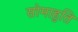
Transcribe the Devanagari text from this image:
सोमाहुति